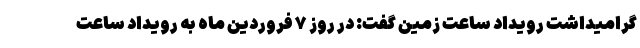
گرامیداشت رویداد ساعت زمین گفت: در روز ۷ فروردین ماه به رویداد ساعت